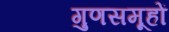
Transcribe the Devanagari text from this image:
गुणसमूहों